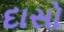
દાસો